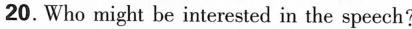
20.Who might be interested in the speech?